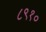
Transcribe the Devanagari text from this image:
८९१०